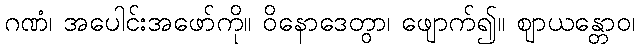
ဂဏံ၊ အပေါင်းအဖော်ကို။ ဝိနောဒေတွာ၊ ဖျောက်၍။ ဈာယန္တောဝ၊